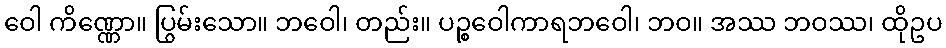
ဝေါ ကိဏ္ဏော။ ပြွမ်းသော။ ဘဝေါ၊ တည်း။ ပဉ္စဝေါကာရဘဝေါ၊ ဘဝ။ အဿ ဘဝဿ၊ ထိုဥပ